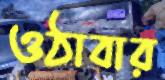
ওঠাবার